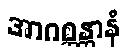
အာဂစ္ဆန္တာနံ